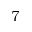
^ { 7 }